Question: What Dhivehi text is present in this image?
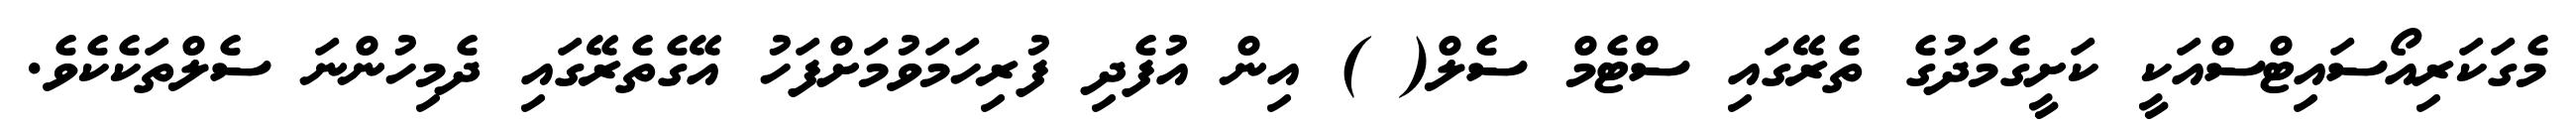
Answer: މެގަކަރިއޯސައިޓްސްއަކީ ކަށީގެމަދުގެ ތެރޭގައި ސްޓެމް ސެލް( ) އިން އުފެދި ފުރިހަމަވުމަށްފަހު އޭގެތެރޭގައި ދެމިހުންނަ ސެލްތަކެކެވެ.